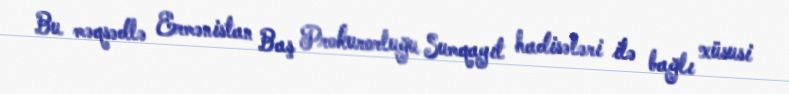
Bu məqsədlə Ermənistan Baş Prokurorluğu Sumqayıt hadisələri ilə bağlı xüsusi